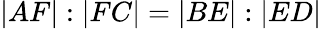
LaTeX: |AF|:|FC|=|BE|:|ED|